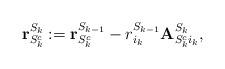
LaTeX: \begin{align*}\mathbf{r}_{S_k^c}^{S_k} := \mathbf{r}_{S_k^c}^{S_{k-1}} - r_{i_k}^{S_{k-1}} \mathbf{A}_{S_k^c i_k}^{S_{k}},\end{align*}